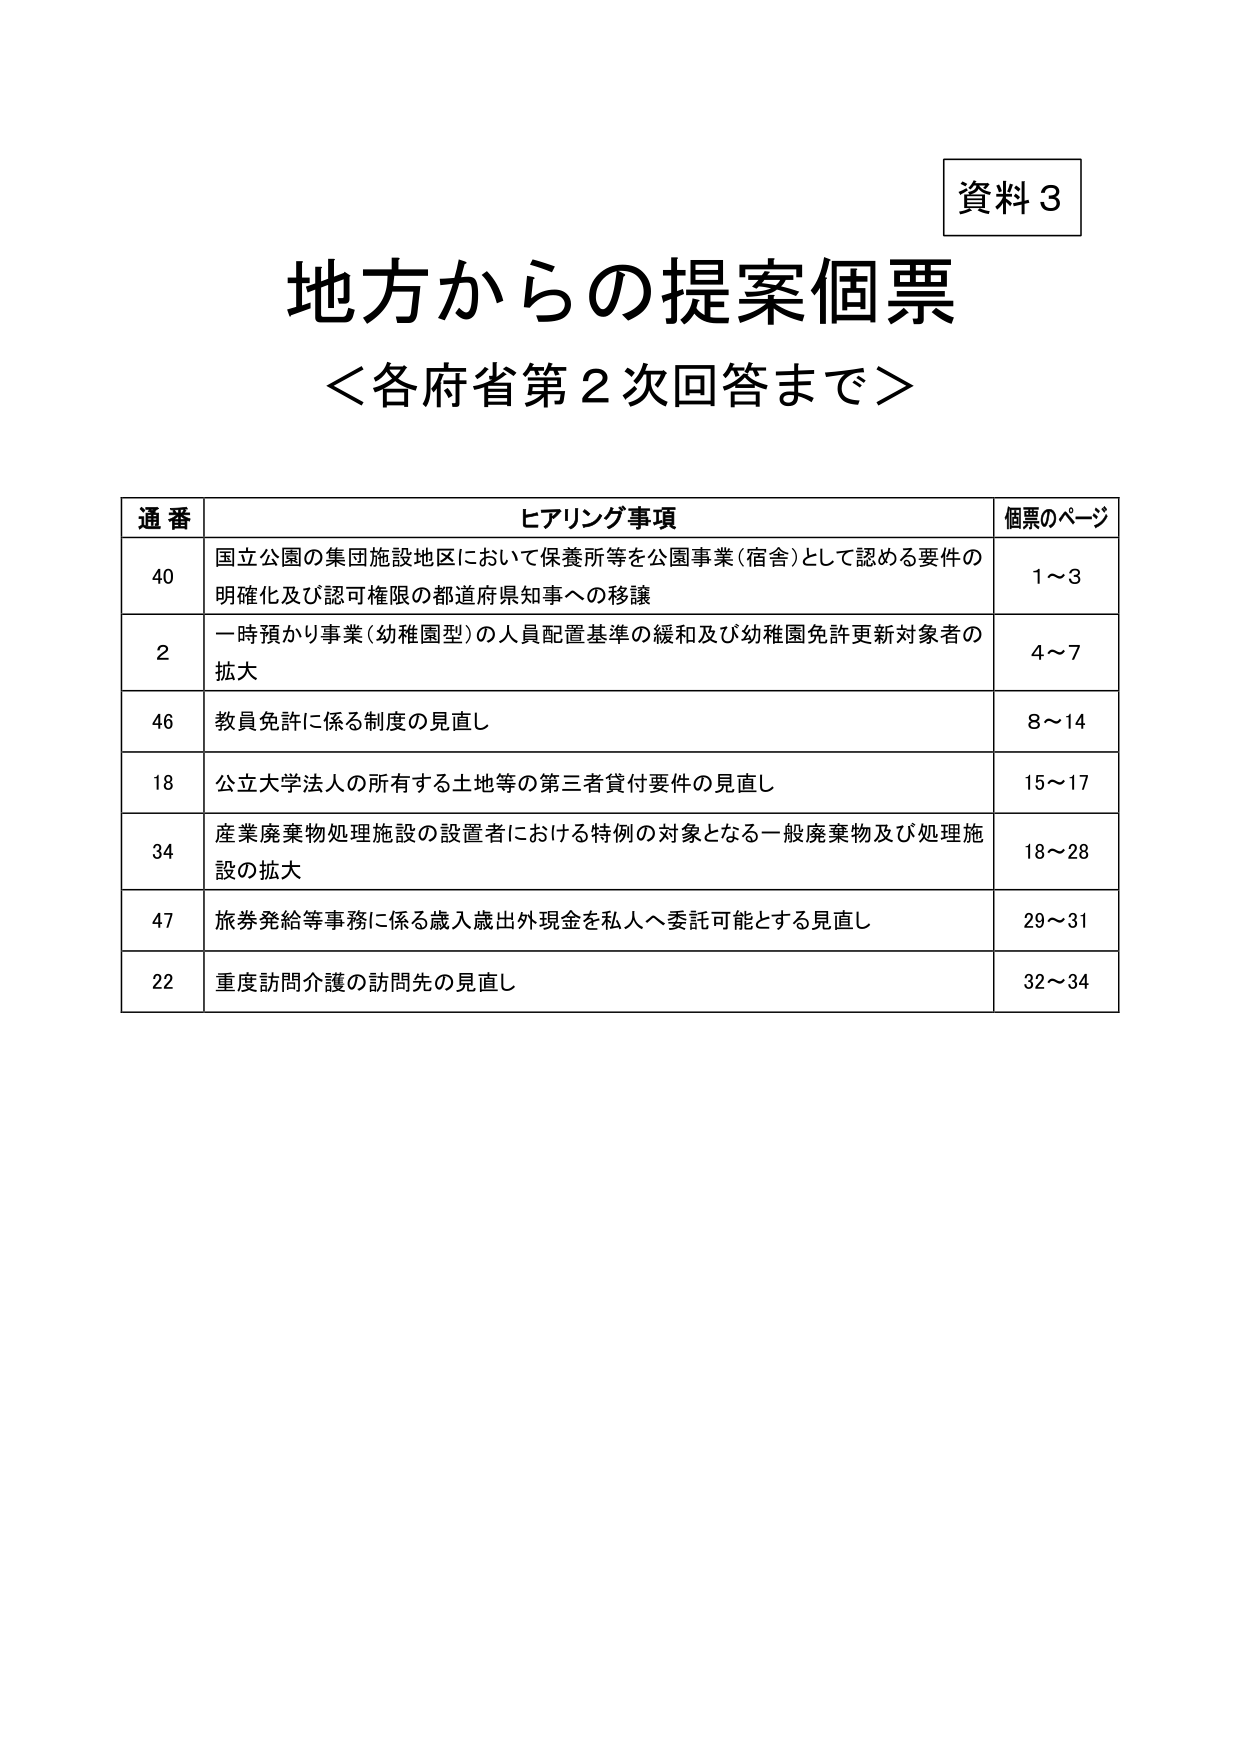
資料３
地方からの提案個票
＜各府省第２次回答まで＞

通番 ヒアリング事項 個票のページ
40 国立公園の集団施設地区において保養所等を公園事業（宿舎）として認める要件の明確化及び認可権限の都道府県知事への移譲 1～3
2 一時預かり事業（幼稚園型）の人員配置基準の緩和及び幼稚園免許更新対象者の拡大 4～7
46 教員免許に係る制度の見直し 8～14
18 公立大学法人の所有する土地等の第三者貸付要件の見直し 15～17
34 産業廃棄物処理施設の設置者における特例の対象となる一般廃棄物及び処理施設の拡大 18～28
47 旅券発給等事務に係る歳入歳出外現金を私人へ委託可能とする見直し 29～31
22 重度訪問介護の訪問先の見直し 32～34